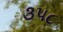
૩૫૮